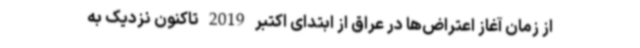
از زمان آغاز اعتراض‌ها در عراق از ابتدای اکتبر 2019 تاکنون نزدیک به